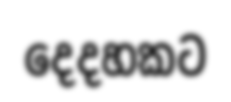
දෙදහකට